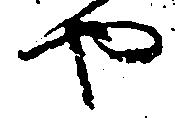
や